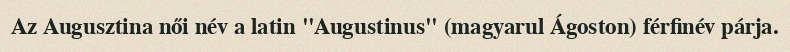
Az Augusztina női név a latin "Augustinus" (magyarul Ágoston) férfinév párja.